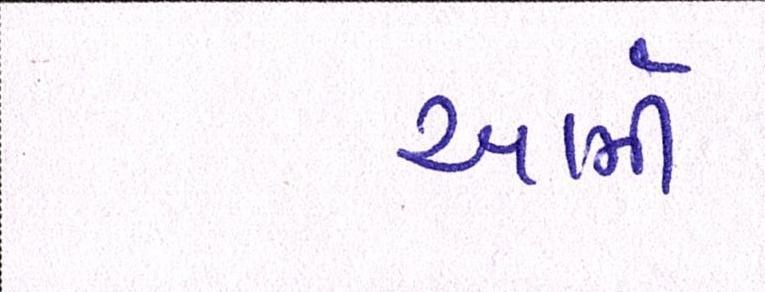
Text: આર્મી